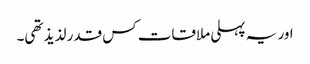
اور یہ پہلی ملاقات کس قدر لذیذ تھی۔